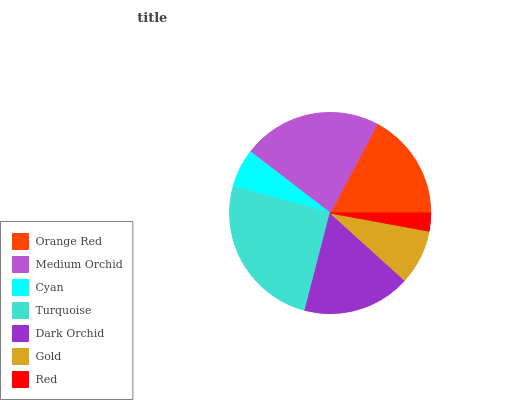
| Orange Red | Medium Orchid | Cyan | Turquoise | Dark Orchid | Gold | Red |
 | --- | --- | --- | --- | --- | --- | --- |
 | 17.2% | 22.3% | 6.16% | 25.3% | 17.3% | 8.82% | 2.9% |